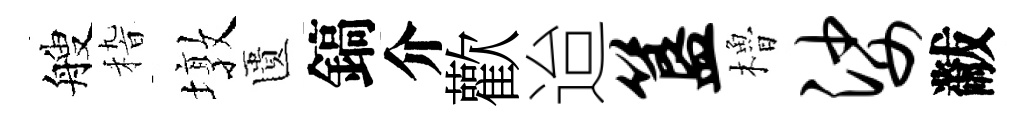
艘𥟵墩匱鎬介歡迨簋櫓娑黻